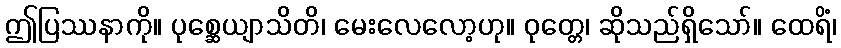
ဤပြဿနာကို။ ပုစ္ဆေယျာသိတိ၊ မေးလေလော့ဟု။ ဝုတ္တေ၊ ဆိုသည်ရှိသော်။ ထေရိံ၊